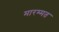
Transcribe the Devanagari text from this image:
मारम्मत